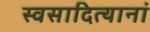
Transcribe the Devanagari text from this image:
स्वसादित्यानां